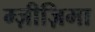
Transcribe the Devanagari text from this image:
म्ज़ीज़िमा